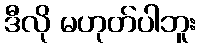
ဒီလို မဟုတ်ပါဘူး